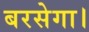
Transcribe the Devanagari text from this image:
बरसेगा।